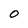
Character: O